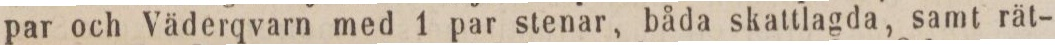
par och Väderqvarn med 1 par stenar, båda skattlagda, samt rät-